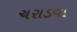
ચરાડવા